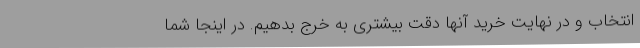
انتخاب و در نهایت خرید آنها دقت بیشتری به خرج بدهیم. در اینجا شما